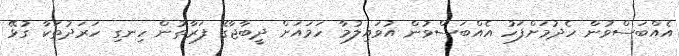
އެއްބަސްވުން ހެދުމަށްފަހު އެއްބަސްވުން އުވައިލުމާ ހަމައަށް ދީބާޖާގެ ފަރާތުން ހިނގި ހަރަދުތަކާ ގުޅޭ